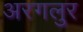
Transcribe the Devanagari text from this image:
अरगलुर